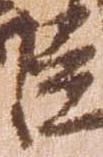
臣